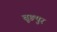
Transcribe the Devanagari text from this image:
बूङपुर